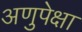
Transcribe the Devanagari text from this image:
अणुपेक्षा